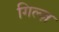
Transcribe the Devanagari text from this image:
गिल्ज़